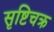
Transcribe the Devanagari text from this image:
सृष्टिचक्र